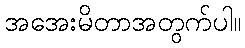
အအေးမိတာအတွက်ပါ။